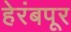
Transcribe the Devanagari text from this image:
हेरंबपूर